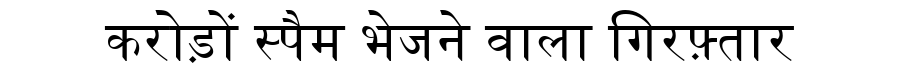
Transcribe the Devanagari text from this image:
करोड़ों स्पैम भेजने वाला गिरफ़्तार